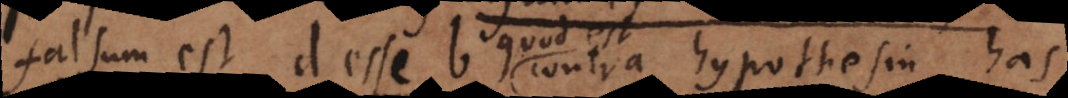
falsum est d esse b, contra hypothesin, ha